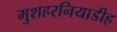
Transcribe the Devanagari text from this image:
मुशहरनियाडीह